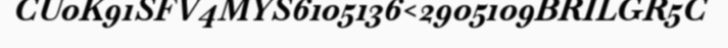
CU0K91SFV4MYS6105136<2905109BRILGR5C